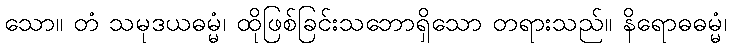
သော။ တံ သမုဒယဓမ္မံ၊ ထိုဖြစ်ခြင်းသဘောရှိသော တရားသည်။ နိရောဓဓမ္မံ၊